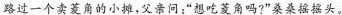
路过一个卖菱角的小摊，父亲问：”想吃菱角吗?”桑桑摇摇头。